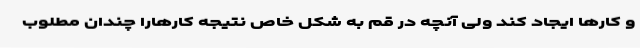
و کارها ایجاد کند ولی آنچه در قم به شکل خاص نتیجه کارهارا چندان مطلوب